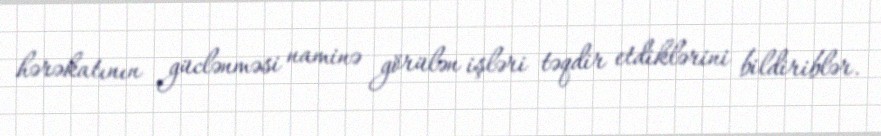
hərəkatının güclənməsi naminə görülən işləri təqdir etdiklərini bildiriblər.